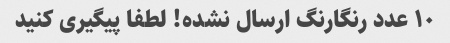
۱۰ عدد رنگارنگ ارسال نشده! لطفا پیگیری کنید